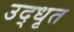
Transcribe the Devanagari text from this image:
उद्‍धृत